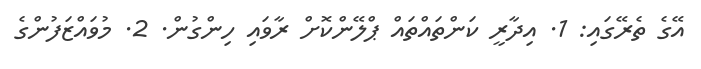
އޭގެ ތެރޭގައި: 1. އިދާރީ ކަންތައްތައް ޕްލޭންކޮށް ރާވައި ހިންގުން. 2. މުވައްޒަފުންގެ